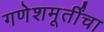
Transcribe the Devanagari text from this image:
गणेशमूर्तींचा